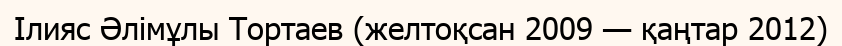
Ілияс Әлімұлы Тортаев (желтоқсан 2009 — қаңтар 2012)